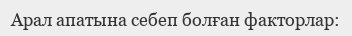
Арал апатына себеп болған факторлар: